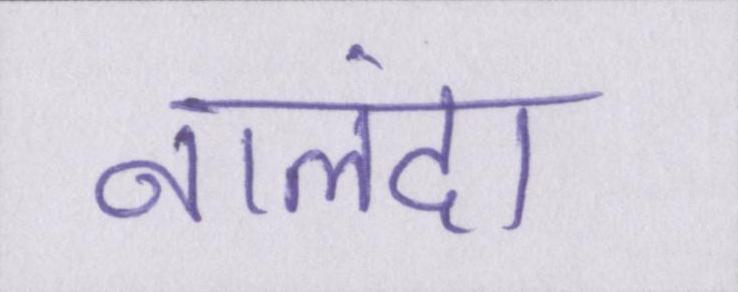
नालंदा